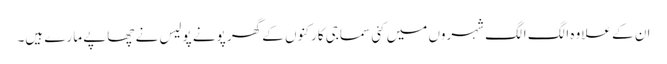
ان کے علاوہ الگ الگ شہروں میں کئی سماجی کارکنوں کے گھر پونے پولیس نے چھاپے مارے ہیں۔